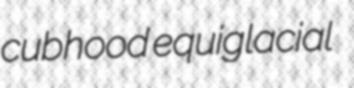
cubhood equiglacial